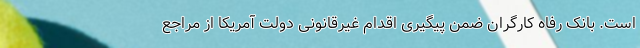
است. بانک رفاه کارگران ضمن پیگیری اقدام غیرقانونی دولت آمریکا از مراجع